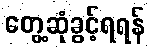
တွေ့ဆုံခွင့်ရရန်